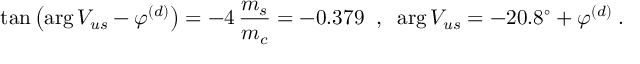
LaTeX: \tan \left( \arg V _ { u s } - \varphi ^ { ( d ) } \right) = - 4 \, \frac { m _ { s } } { m _ { c } } = - 0 . 3 7 9 \; \; , \; \; \arg V _ { u s } = - 2 0 . 8 ^ { \circ } + \varphi ^ { ( d ) } \; .